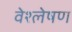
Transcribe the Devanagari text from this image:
वेश्लेषण